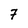
Character: 7